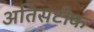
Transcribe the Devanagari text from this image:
अतिसटीक